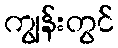
ကျွန်းတွင်